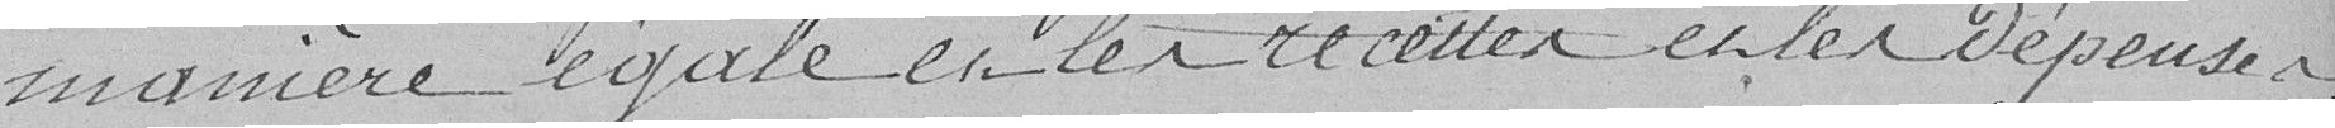
manière égale et les recettes et les dépenses.